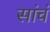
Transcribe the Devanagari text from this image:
सांचं